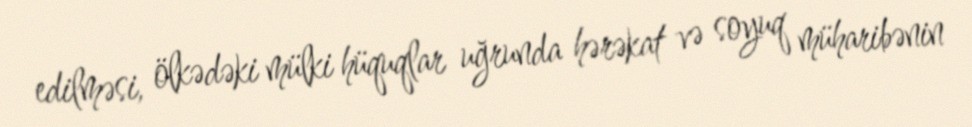
edilməsi, ölkədəki mülki hüquqlar uğrunda hərəkat və soyuq müharibənin